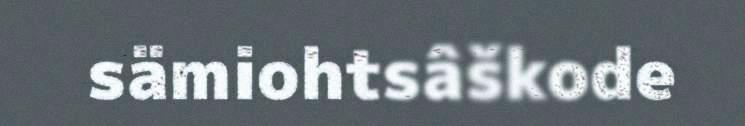
sämiohtsâškode